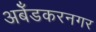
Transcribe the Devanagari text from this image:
अबेँडकरनगर